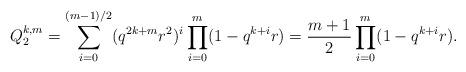
LaTeX: \begin{align*}Q_2^{k,m}=\sum_{i=0}^{(m-1)/2}(q^{2k+m}r^2)^i\prod_{i=0}^m(1-q^{k+i}r)=\frac{m+1}2\prod_{i=0}^m(1-q^{k+i}r).\end{align*}